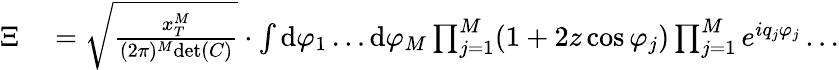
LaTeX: \begin{array}{rl}{\Xi}&{{}=\sqrt{\frac{x_{T}^{M}}{(2\pi)^{M}\mathrm{det}(C)}}\cdot\int\mathrm{d}\varphi_{1}\dots\mathrm{d}\varphi_{M}\prod_{j=1}^{M}(1+2z\cos\varphi_{j})\prod_{j=1}^{M}e^{iq_{j}\varphi_{j}}\dots}\end{array}